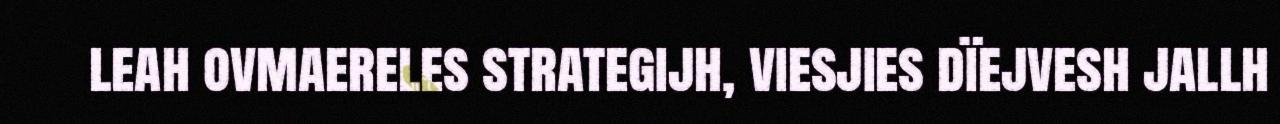
leah ovmaereles strategijh, viesjies dïejvesh jallh